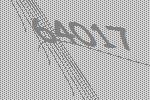
64017